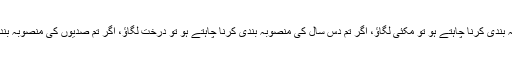
چینی لوگوں کا قول ہے کہ اگر آپ ایک سال کی منصوبہ بندی کرنا چاہتے ہو تو مکئی لگاؤ، اگر تم دس سال کی منصوبہ بندی کرنا چاہتے ہو تو درخت لگاؤ، اگر تم صدیوں کی منصوبہ بندی کرنا چاہتے ہو تو لوگوں کی تربیت کرو اور تعلیم دو۔